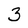
Character: 3